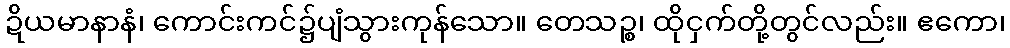
ဍိယမာနာနံ၊ ကောင်းကင်၌ပျံသွားကုန်သော။ တေသဉ္စ၊ ထိုငှက်တို့တွင်လည်း။ ဧကော၊